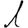
Digit: 1